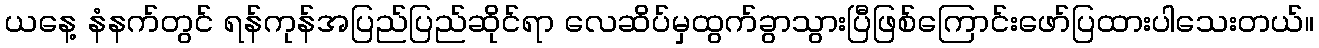
ယနေ့ နံနက်တွင် ရန်ကုန်အပြည်ပြည်ဆိုင်ရာ လေဆိပ်မှထွက်ခွာသွားပြီဖြစ်ကြောင်းဖော်ပြထားပါသေးတယ်။